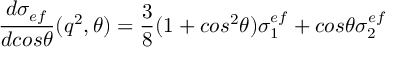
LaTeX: { \frac { d \sigma _ { e f } } { d c o s \theta } } ( q ^ { 2 } , \theta ) = { \frac { 3 } { 8 } } ( 1 + c o s ^ { 2 } \theta ) \sigma _ { 1 } ^ { e f } + c o s \theta \sigma _ { 2 } ^ { e f }